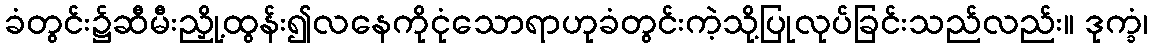
ခံတွင်း၌ဆီမီးညှို့ထွန်း၍လနေကိုငုံသောရာဟုခံတွင်းကဲ့သို့ပြုလုပ်ခြင်းသည်လည်း။ ဒုက္ခံ၊